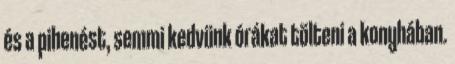
és a pihenést, semmi kedvünk órákat tölteni a konyhában.